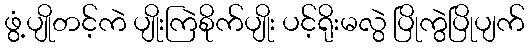
ဖွံ့ပျိုတင့်ကဲ ပျိုးကြဲစိုက်ပျိုး ပင့်ရိုးမလွဲ ပြိုကွဲပြိုပျက်